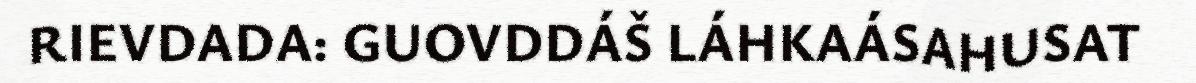
RIEVDADA: GUOVDDÁŠ LÁHKAÁSAHUSAT